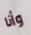
وأنا